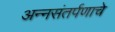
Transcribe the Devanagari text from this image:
अन्नसंतर्पणाचे